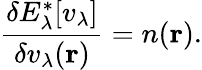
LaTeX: \frac{\delta E_{\lambda}^{\ast}[v_{\lambda}]}{\delta v_{\lambda}(\mathbf{r})}=n(\mathbf{r}).